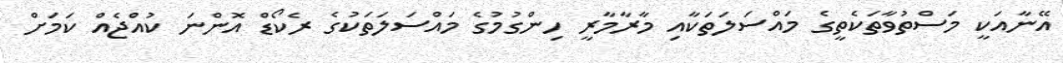
އޭނާއަކީ މަސްތުވާތަކެތީގެ މައްސަލަތަކާއި މާރާމާރީ ހިންގުމުގެ މައްސަލަތަކުގެ ރެކޯޑް އޮންނަ ކުއްޖެއް ކަމަށް